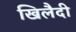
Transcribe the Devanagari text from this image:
खिलैदी